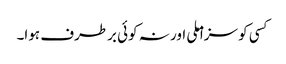
کسی کو سزا ملی اور نہ کوئی برطرف ہوا۔